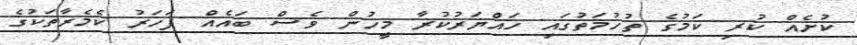
ކުށެއް ކުރި ކަމުގެ ތުހުމަތުގައި ހައްޔަރުކުރާ މީހުން ވެސް ބައެއް ފަހަރު ކެމެރާތަކުގެ